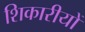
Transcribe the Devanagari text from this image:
शिकारीयों